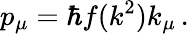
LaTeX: p_{\mu}=\hbar f(k^{2})k_{\mu}\, .